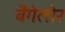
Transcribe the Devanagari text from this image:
बैंगेलोर